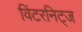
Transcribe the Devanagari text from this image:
विंटरनिट्ज